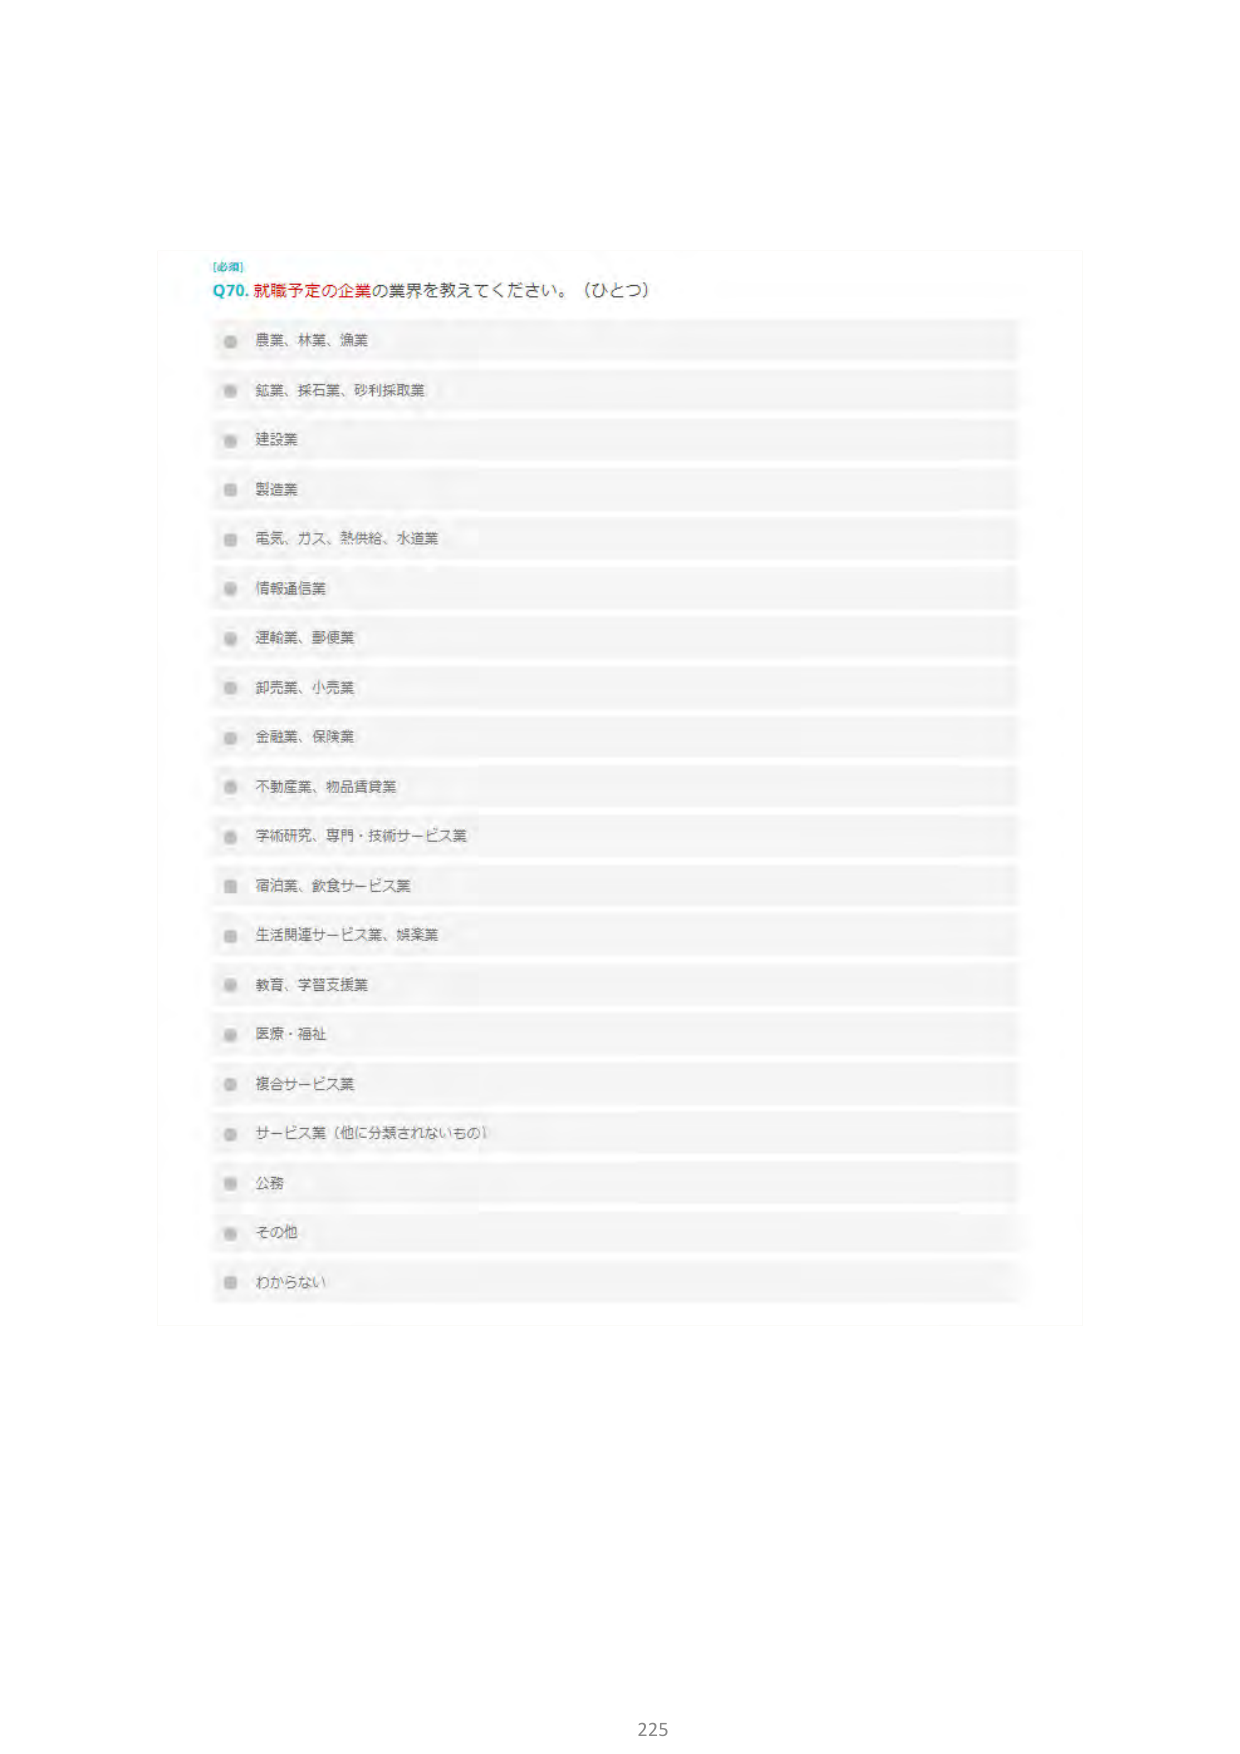
[必須]
Q70. 就職予定の企業の業界を教えてください。（ひとつ）
農業、林業、漁業
鉱業、採石業、砂利採取業
建設業
製造業
電気、ガス、熱供給、水道業
情報通信業
運輸業、郵便業
卸売業、小売業
金融業、保険業
不動産業、物品賃貸業
学術研究、専門・技術サービス業
宿泊業、飲食サービス業
生活関連サービス業、娯楽業
教育、学習支援業
医療・福祉
複合サービス業
サービス業（他に分類されないもの）
公務
その他
わからない
225